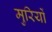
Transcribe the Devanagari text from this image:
मुरियों